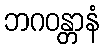
ဘဂဝန္တာနံ